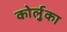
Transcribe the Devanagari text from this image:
कोर्लुका